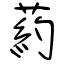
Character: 葯